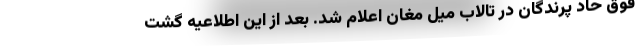
فوق حاد پرندگان در تالاب میل مغان اعلام شد. بعد از این اطلاعیه گشت